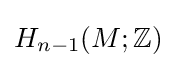
H_{n-1}(M;\mathbb {Z} )